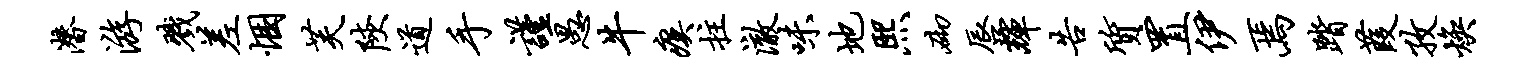
潜游戮差悃芙陕道手谨愚牛瘼拄澈味地熙砌唇辉告质置伊焉踏葭孜焕